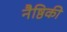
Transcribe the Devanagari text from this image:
नैष्ठिकी